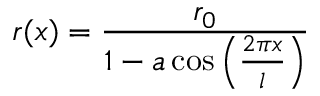
r ( x ) = \frac { r _ { 0 } } { 1 - a \cos \left( \frac { 2 \pi x } { l } \right) }